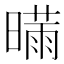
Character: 𰖣